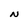
Character: N